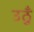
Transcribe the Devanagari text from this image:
उठूँ